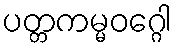
ပတ္တကမ္မဝဂ္ဂေါ